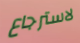
لاسترجاع